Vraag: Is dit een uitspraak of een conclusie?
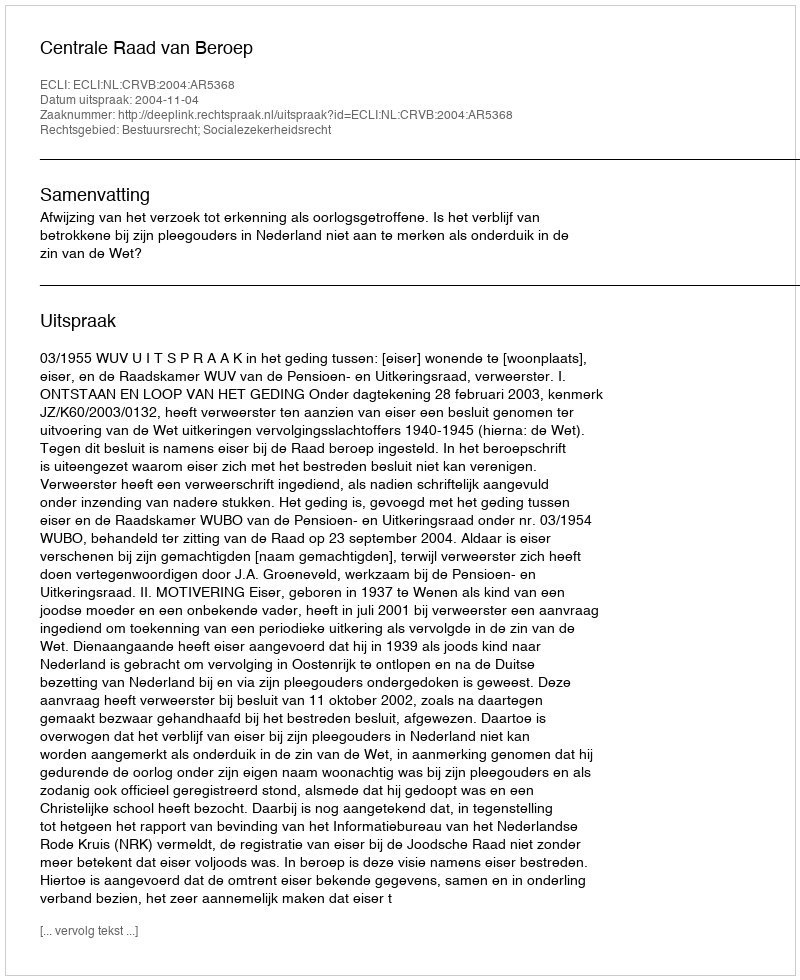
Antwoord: Uitspraak